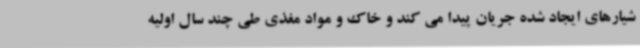
شیارهای ایجاد شده جریان پیدا می کند و خاک و مواد مغذی طی چند سال اولیه